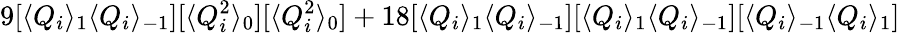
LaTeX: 9[\langle Q_{i}\rangle_{1}\langle Q_{i}\rangle_{-1}][\langle Q_{i}^{2}\rangle_{0}][\langle Q_{i}^{2}\rangle_{0}]+18[\langle Q_{i}\rangle_{1}\langle Q_{i}\rangle_{-1}][\langle Q_{i}\rangle_{1}\langle Q_{i}\rangle_{-1}][\langle Q_{i}\rangle_{-1}\langle Q_{i}\rangle_{1}]